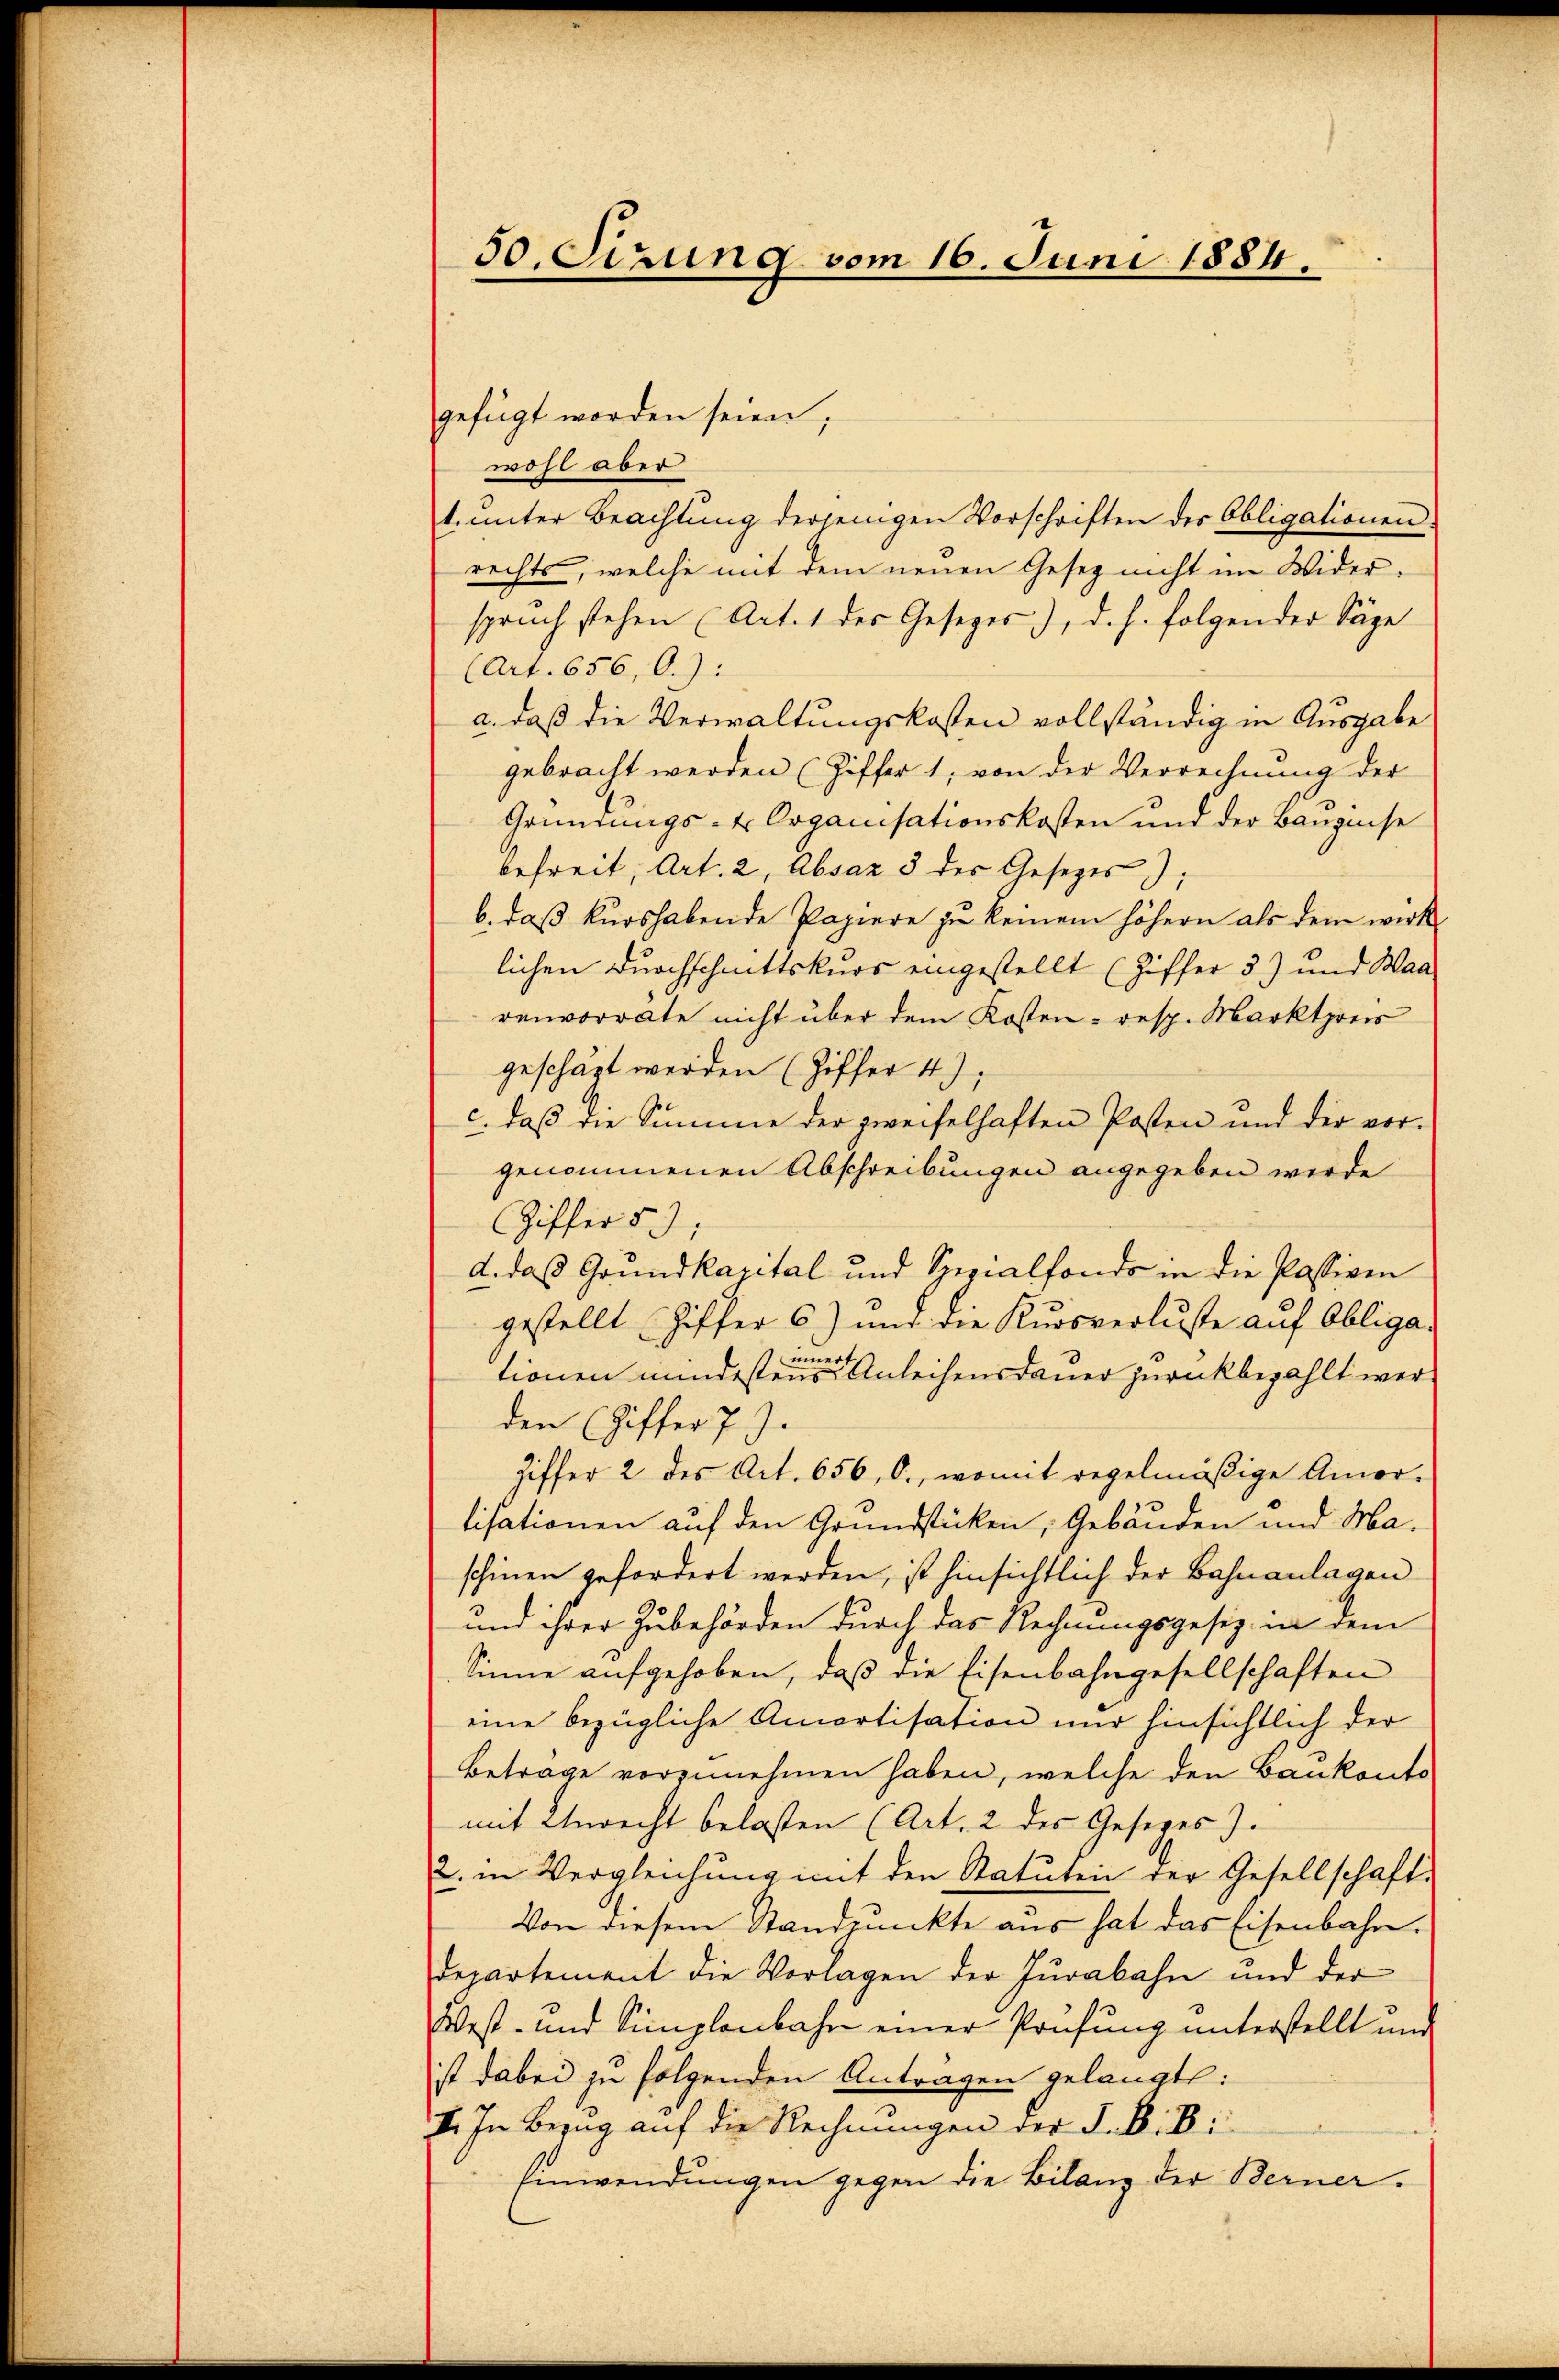
50. Sizung vom 16. Juni 1884.

gefügt worden seien,
wohl aber
t. unter Beachtung derjenigen Vorschriften des Obligationen
rechts, welche mit dem neuen Gesetz nicht im Widerspruch stehen (Art. 1 des Gesetzes), d. h. folgender Säge
(Art. 656, O.):
a. daß die Verwaltungskosten vollständig in Ausgabe
gebracht werden (Ziffer 1, von der Verrechnung der
Gründungs- Organisationskosten und der Baugeise
befreit, Art. 2, Absaz 3 des Gesetzes).
b. daß kurshabende Papiere zu keinem höhern als dem wirk
lichen Durchschnittskurs eingestellt (Ziffer 3) und Waa
renvorrate nicht über dem Kosten - resp. Marktpreis
geschäft werden (Ziffer 4),
c. daß die Summe der zweifelhaften Posten und der vorgenommenen Abschreibungen angegeben werde
Ziffer 5
d. daß Grundkapital und Spezialfondo in die Passiven
gestellt (Ziffer 6) und die Kŭrsverluste auf Obliga-
tionen mindesten Anleihensdauer zurückbezahlt werden (Ziffer 7).
Ziffer 2 des Art. 656, O., womit regelmäßige Amor-
tisationen auf den Grundstücken, Gebäuden und Ma-
schinen gefordert werden, ist hinsichtlich der Bahnanlagen
und ihrer Zubehörden durch das Rechnungsgesez in dem
Sinne aufgehoben, daß die Eisenbahngesellschaften
eine bezügliche Amortisation nur hinsichtlich der
Betrage vorzunehmen haben, welche den Baukonto
mit Unrecht belasten (Art. 2 des Gesezes).
2. in Vergleichung mit den Statuten der Gesellschaft.
Von diesem Standpunkte aus hat das Eisenbahn.
departement die Vorragen der Jurakahn und der
West- und Simplenbahn einer Prüfung unterstellt und
ist dabei zu folgenden Antragen gelangte:
I. In Bezug auf die Rechnungen der d. B. Bi
Einwendungen gegen die Bilanz der Berner¬